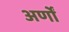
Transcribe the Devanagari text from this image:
अर्णों